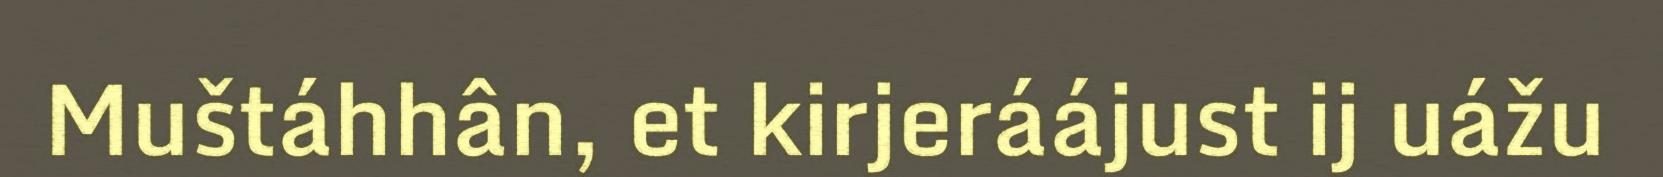
Muštáhhân, et kirjeráájust ij uážu